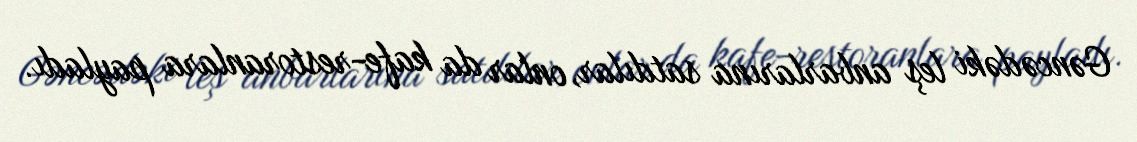
Gəncədəki leş anbarlarına satdılar, onlar da kafe-restoranlara payladı.